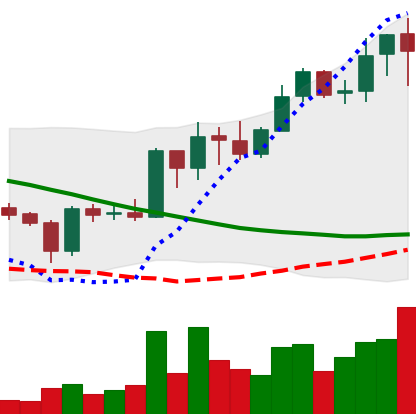
Ticker: ADA-USD
Chart end date: 2019-03-21
Forward return: 17.902%
Label: up_7plus